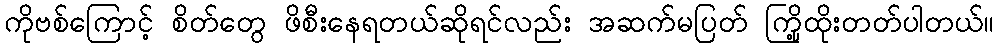
ကိုဗစ်ကြောင့် စိတ်တွေ ဖိစီးနေရတယ်ဆိုရင်လည်း အဆက်မပြတ် ကြို့ထိုးတတ်ပါတယ်။